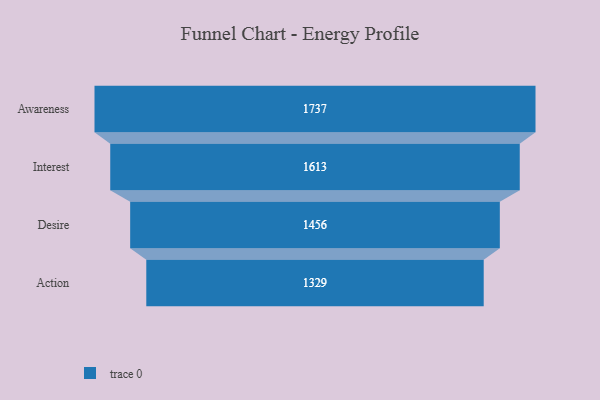
{"axis": {"x": "Stage", "y": "Value"}, "legend": [""], "data": [{"x": "Awareness", "y": 1737.0, "type": ""}, {"x": "Interest", "y": 1613.0, "type": ""}, {"x": "Desire", "y": 1456.0, "type": ""}, {"x": "Action", "y": 1329.0, "type": ""}]}